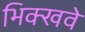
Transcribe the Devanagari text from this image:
भिक्खवे